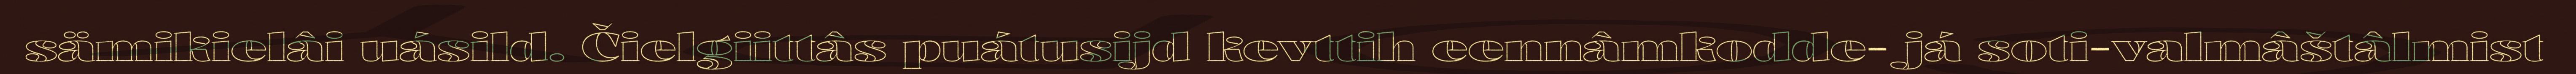
sämikielâi uásild. Čielgiittâs puátusijd kevttih eennâmkodde- já soti-valmâštâlmist